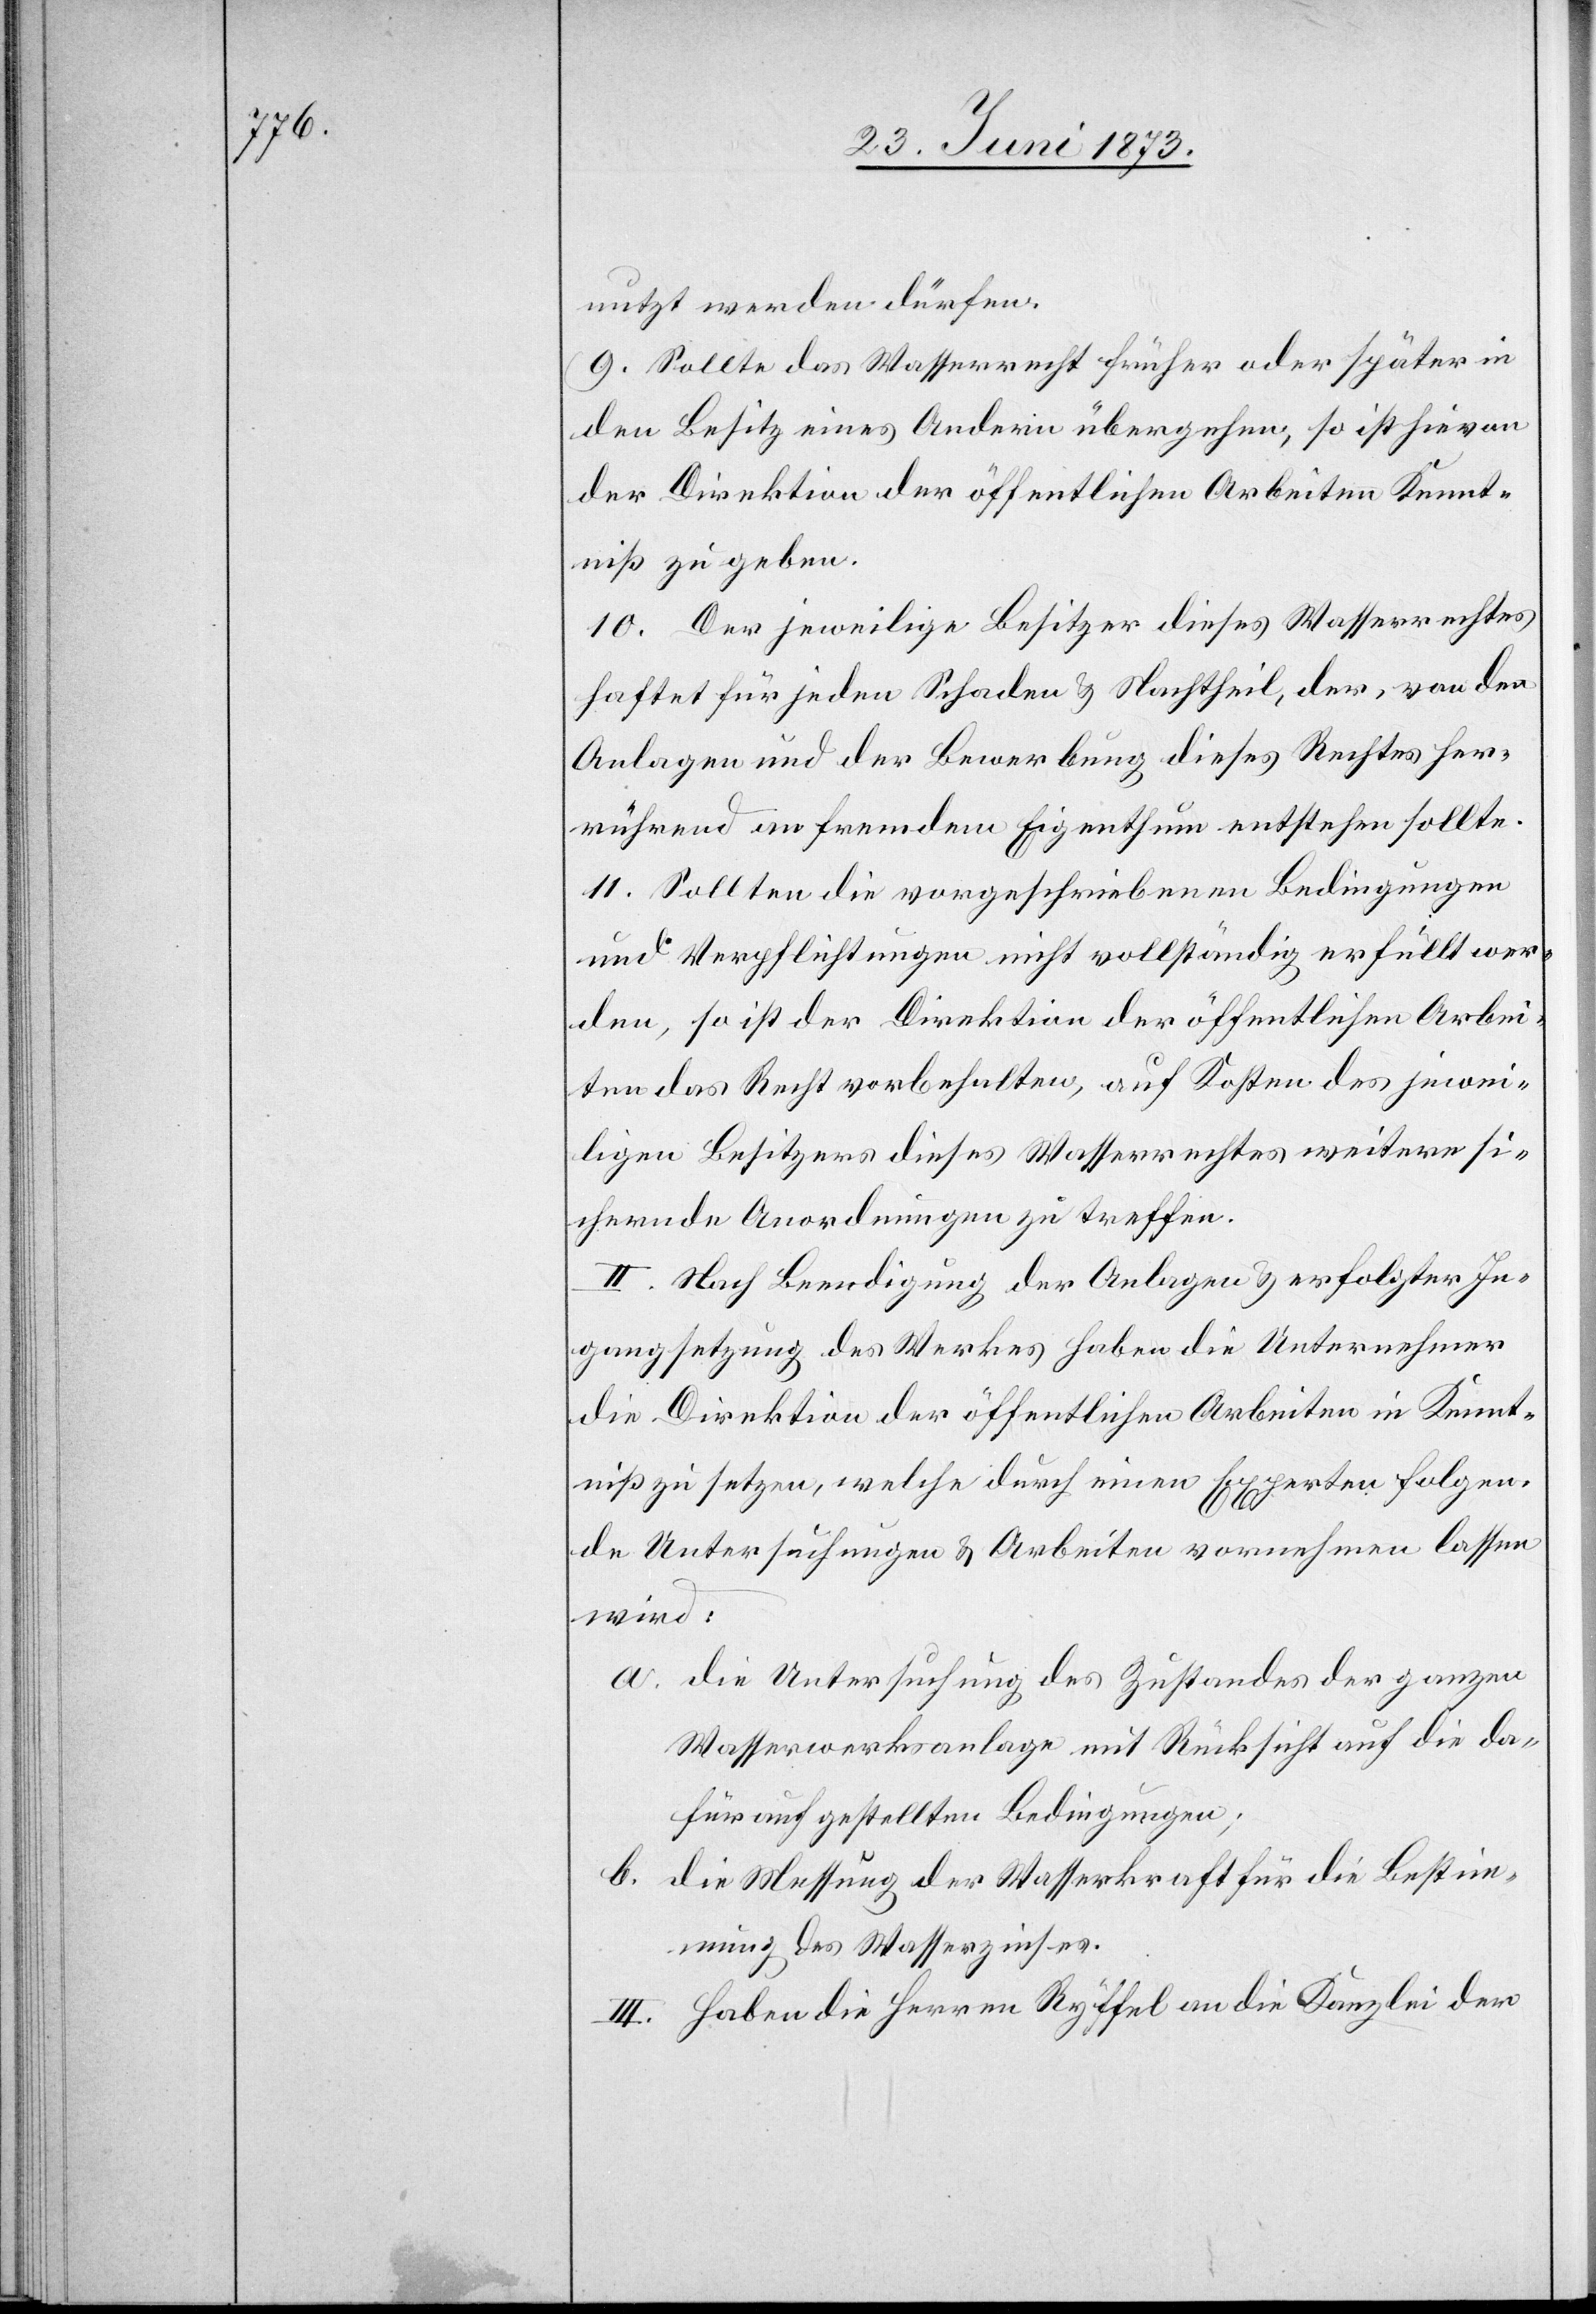
nutzt werden dürfen.
9. Sollte das Wasserrecht früher oder später in
den Besitz eines Andern übergehen, so ist hievon
der Direktion der öffentlichen Arbeiten Kennt¬
niß zu geben.
10. Der jeweilige Besitzer dieses Wasserrechtes
haftet für jeden Schaden & Nachtheil, der, von den
Anlagen und der Bewerbung dieses Rechtes her¬
rührend an fremdem Eigenthum entstehen sollte.
11. Sollten die vorgeschriebenen Bedingungen
und Verpflichtungen nicht vollständig erfüllt wer¬
den, so ist der Direktion der öffentlichen Arbei¬
ten das Recht vorbehalten, auf Kosten des jewei¬
ligen Besitzers dieses Wasserrechtes weitere si¬
chernde Anordnungen zu treffen.
II. Nach Beendigung der Anlagen & erfolgter In¬
gangsetzung des Werkes haben die Unternehmer
die Direktion der öffentlichen Arbeiten in Kennt¬
niß zu setzen, welche durch einen Experten folgen¬
de Untersuchungen & Arbeiten vornehmen lassen
wird:
a. die Untersuchung des Zustandes der ganzen
Wasserwerksanlage mit Rücksicht auf die da¬
für aufgestellten Bedingungen;
b. die Messung der Wasserkraft für die Bestim¬
mung des Wasserzinses.
III. Haben die Herren Ryffel an die Kanzlei der